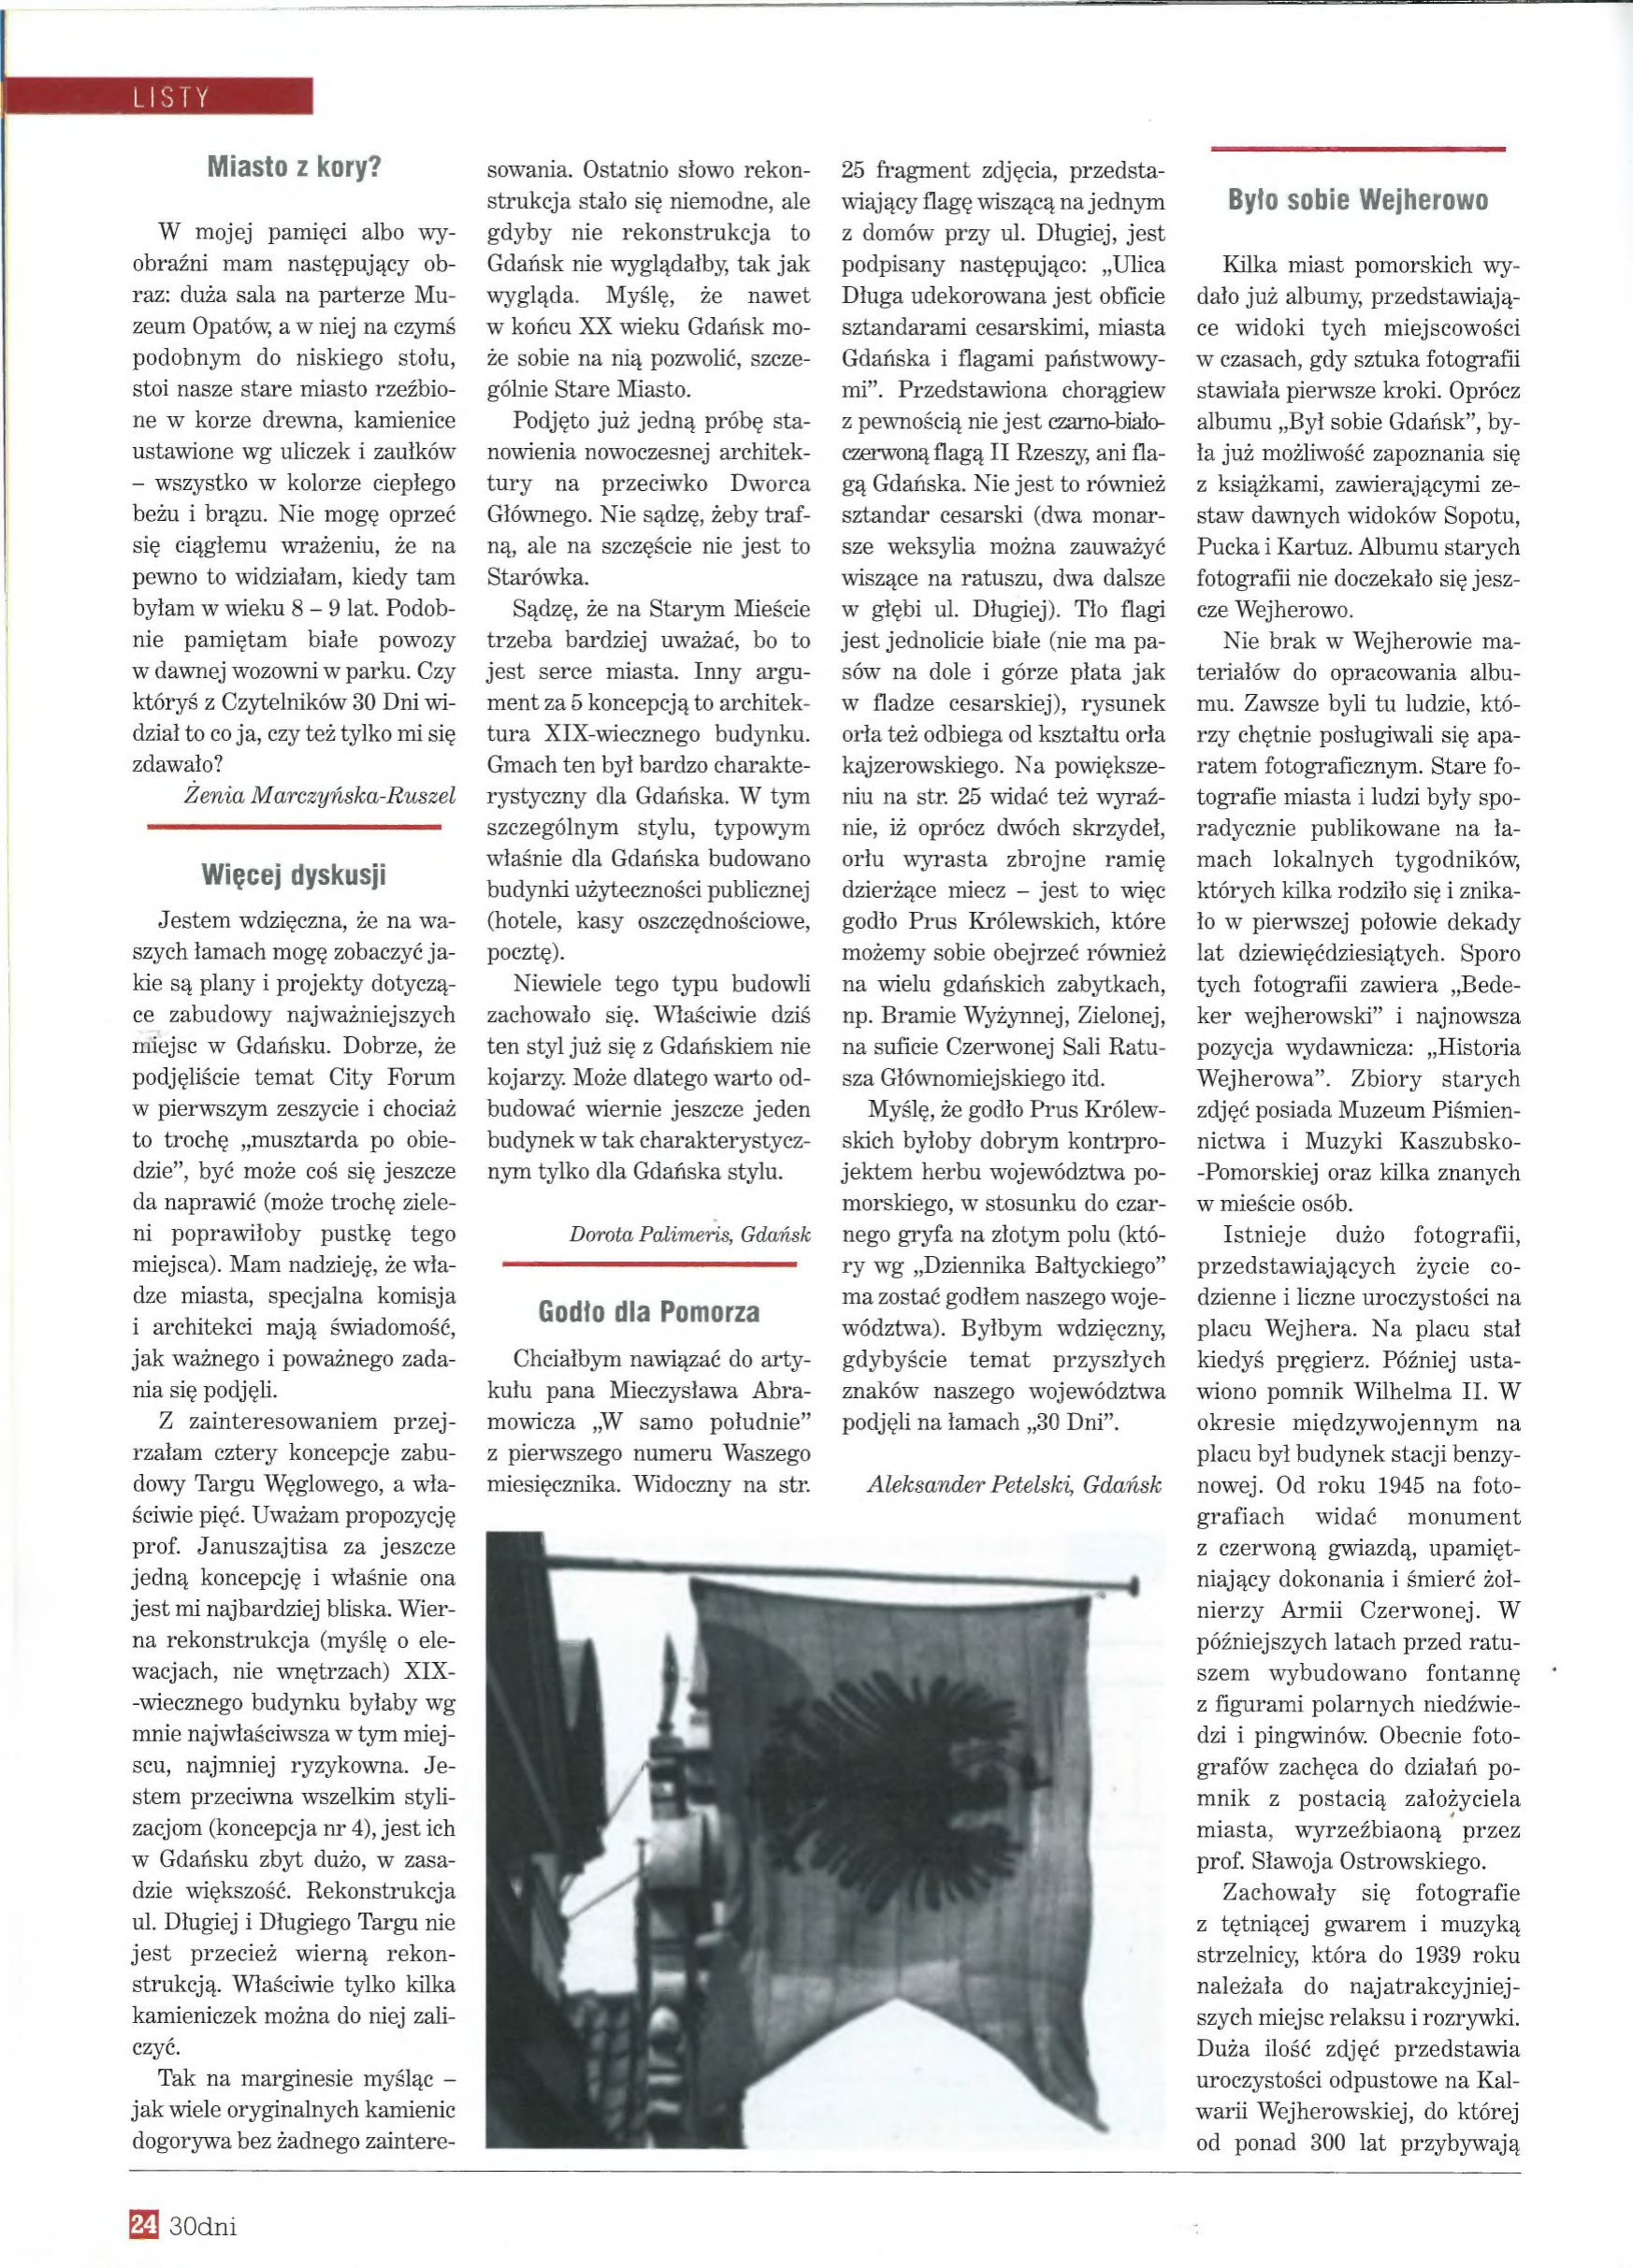
Language: pl